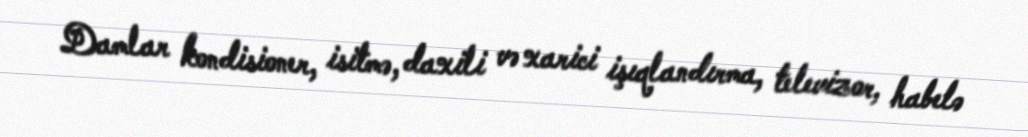
Damlar kondisioner, isitmə, daxili və xarici işıqlandırma, televizor, habelə